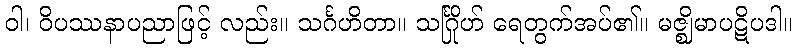
ဝါ၊ ဝိပဿနာပညာဖြင့် လည်း။ သင်္ဂဟိတာ။ သင်္ဂြိုဟ် ရေတွက်အပ်၏။ မဇ္ဈိမာပဋိပဒါ။